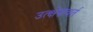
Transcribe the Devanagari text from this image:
उत्क्षेपावर्त